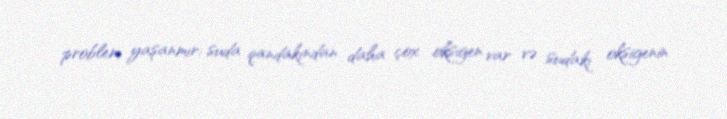
problem yaşanmır: suda qandakından daha çox oksigen var və sudakı oksigenin